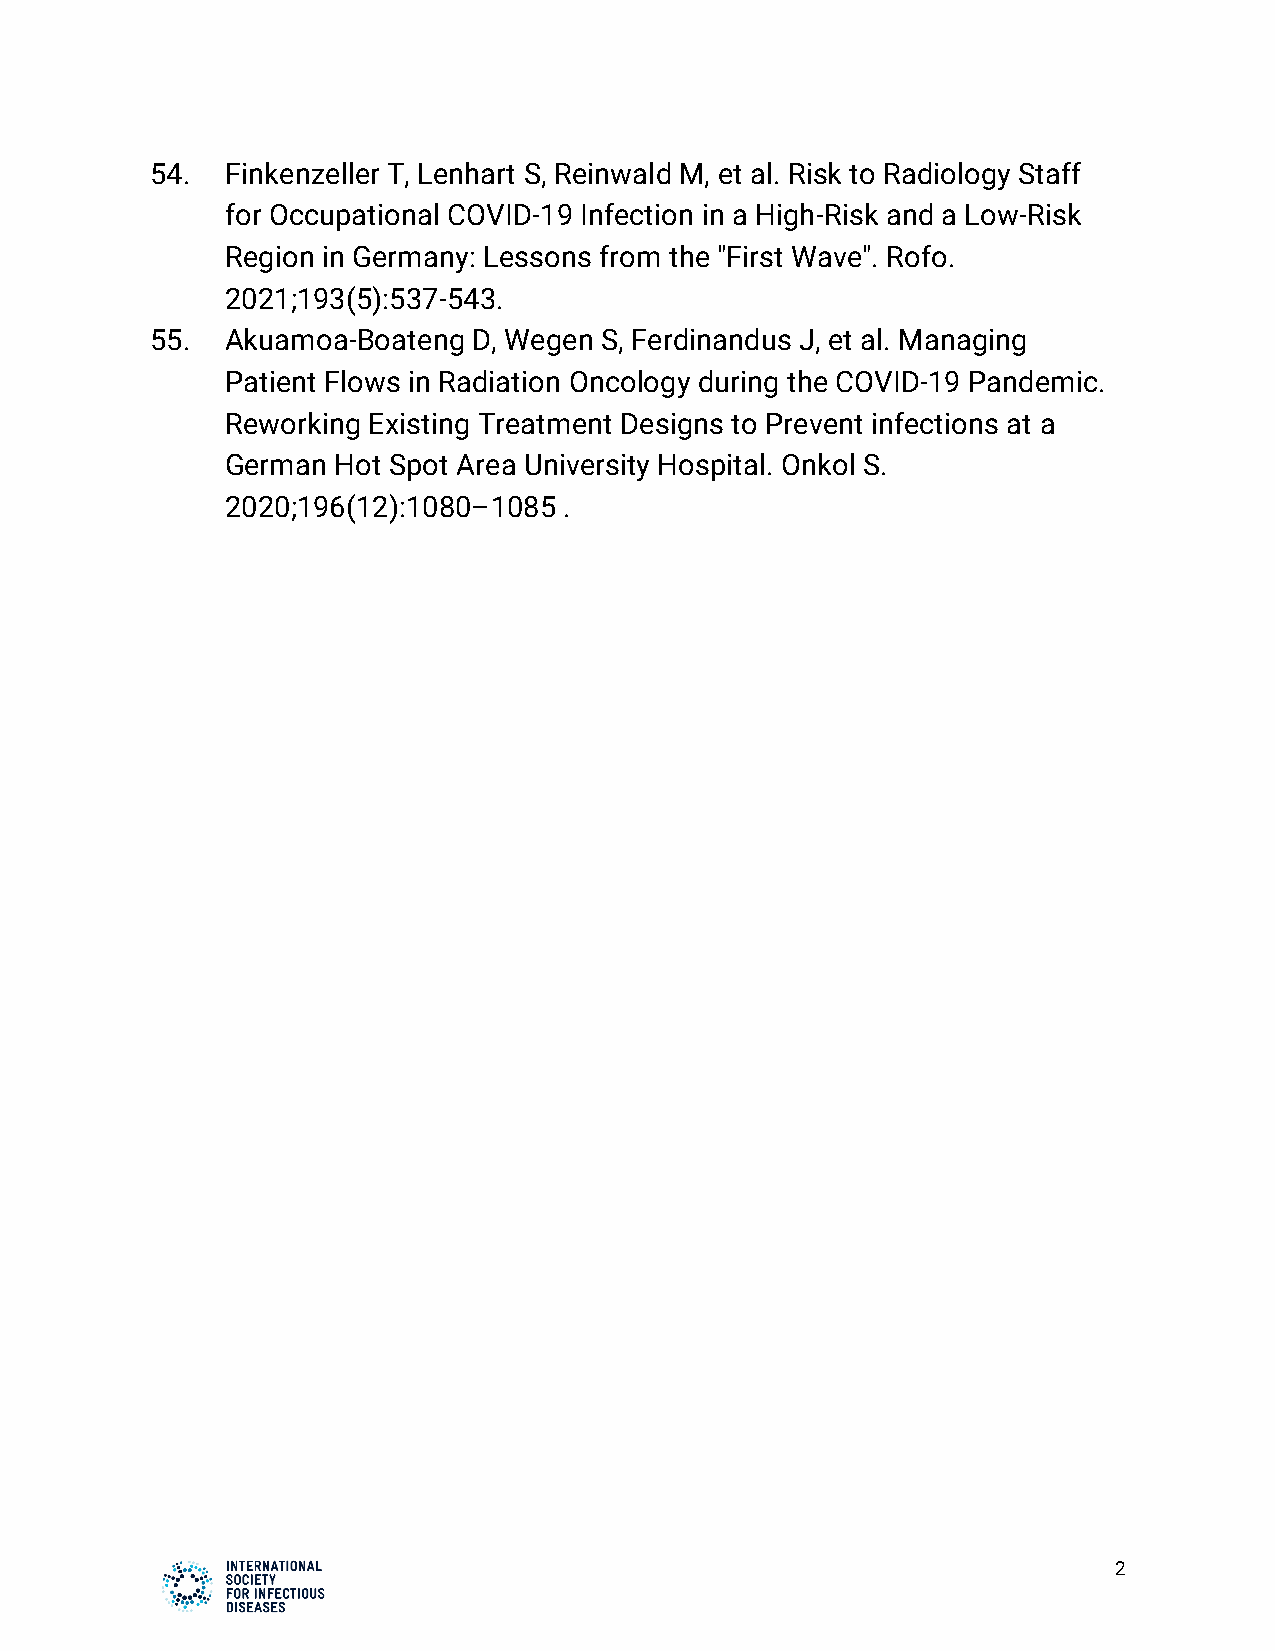
54.  Finkenzeller T, Lenhart S, Reinwald M, et al. Risk to Radiology Staff
 for Occupational COVID-19 Infection in a High-Risk and a Low-Risk
 Region in Germany: Lessons from the "First Wave". Rofo.
 2021;193(5):537-543.
 55.  Akuamoa-Boateng D, Wegen S, Ferdinandus J, et al. Managing
 Patient Flows in Radiation Oncology during the COVID-19 Pandemic.
 Reworking Existing Treatment Designs to Prevent infections at a
 German Hot Spot Area University Hospital. Onkol S.
 2020;196(12):1080–1085 .
 2